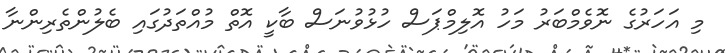
މި އަހަރުގެ ނޮވެމްބަރު މަހު އޮލިމްޕަސް ހުޅުވުނަސް ބާކީ އޮތް މުއްތަދުގައި ބެލުންތެރިންނާ